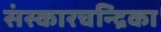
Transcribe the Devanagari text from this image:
संस्कारचन्द्रिका